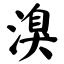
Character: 溴